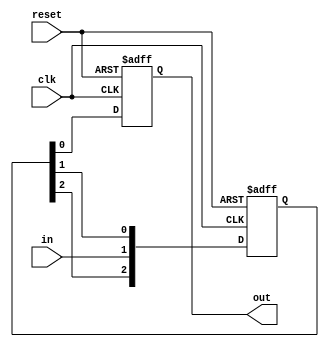
module siso_register(out,in,clk,reset);
parameter N = 3;    // for n bit register N= n-1
input clk, reset, in;
output reg out;
reg [N:1]memory;

always @(posedge clk or negedge reset) begin
    if (!reset)
    {memory,out} <= 0;
    else
    begin
        out <= memory[1];
        memory[N-2:1] <= memory[N-1:2];
        memory[N-1] <= in;
    end
end

endmodule

module sipo_register(out, in, clk, reset);
parameter N = 3;

input clk, reset, in;
output reg [N:0] out;

always @(posedge clk or negedge reset)
begin
    if(!reset)
    out = 0;
    else
    begin
    out[N] <= in;
    out[N-1:0] <= out[N:1];
    end
end

endmodule

module pipo_register(out,in,clk,reset);
parameter N = 3;
input clk, reset;
input [N:0] in;
output reg [N:0] out;

always @(posedge clk or negedge reset)
begin
    if (!reset)
    out <= 0;
    else
    out <= in;
end
endmodule

module buffer_register(out,in,clk,reset,load);   // almost like pipo, just provided the functionality of load i.e. storing over long time
parameter N = 3;
input clk, reset,load;
input [N:0] in;
output reg [N:0] out;

wire  [N:0] t_in;

genvar i;
generate
    for ( i=0 ;i<=N ;i = i+1 ) begin
        assign t_in[i] = in[i]&load | out[i]&~load;
    end
endgenerate 

always @(posedge clk or negedge reset)
begin
    if (!reset)
    out <= 0;
    else
    out <= t_in;
end
endmodule


module piso_register(out,in,clk,reset,load); // to store load = 1 else load = 0 for shifting
parameter N = 3;
input clk,reset,load;
input [N:0] in;

output reg out;
reg [N:1] mem;

always @(posedge clk or negedge reset)
begin
    if (!reset)
    {mem,out} <= 0;
    else
    begin       // this load thing could have been written in a way similar to the one in the buffer rgister using generate statement
        if (load)   // store from in
        begin
            out <= in[0];
            mem <= in[N:1];
        end
        else        // pass the value
        begin
            out <= mem[1];
            mem <= {1'bx,mem[N:2]}; // assuming that after the value is passed on, it is a dont care.
        end
    end
end
endmodule